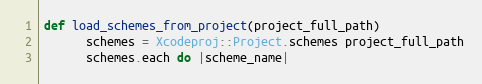
Language: Ruby
def load_schemes_from_project(project_full_path)
      schemes = Xcodeproj::Project.schemes project_full_path
      schemes.each do |scheme_name|